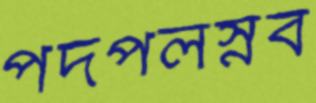
পদপলস্নব